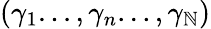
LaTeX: (\gamma_{1}...,\gamma_{n}...,\gamma_{\mathbb{N}})